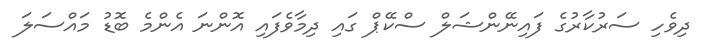
ދިވެހި ސަރުކާރުގެ ފައިނޭންޝަލް ސްކޭޕް ގައި ދިމާވެފައި އޮންނަ އެންމެ ބޮޑު މައްސަލަ